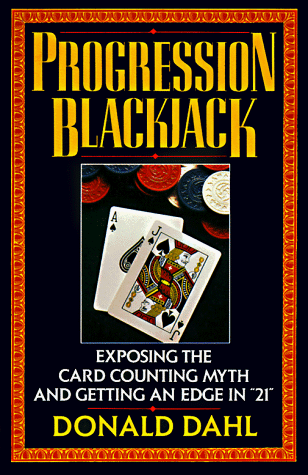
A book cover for Progression Blackjack: Exposing the Card Counting Myth; Donald Dahl; Humor & Entertainment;